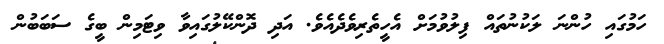
ހަމުގައި ހުންނަ ލަކުނުތައް ފިލުވުމަށް އެހީތެރިވެދެއެވެ. އަދި ދޮންކޭލުގައިވާ ވިޓަމިން ބީގެ ސަބަބުން